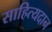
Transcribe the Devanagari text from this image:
साहित्यदान